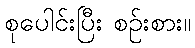
စုပေါင်းပြီး စဉ်းစား။